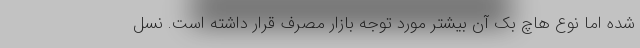
شده اما نوع هاچ بک آن بیشتر مورد توجه بازار مصرف قرار داشته است. نسل